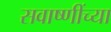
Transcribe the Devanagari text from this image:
सवाष्णींच्या